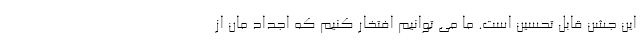
این جشن قابل تحسین است. ما می توانیم افتخار کنیم که اجداد مان از